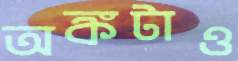
অঙ্কটাও